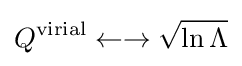
Q^{\text{virial}}\leftarrow \rightarrow {\sqrt {\ln \Lambda }}